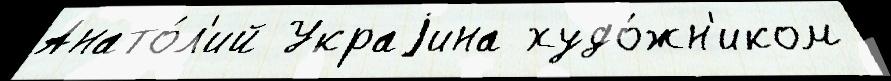
Анато́л'ий Украjина худо́жн'иком